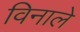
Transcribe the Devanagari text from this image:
विनाले